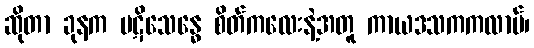
ဆိုတာ ခုနက ပဋိသေန္ဓေ စိတ်ကလေးနဲ့အတူ ကာယဒသကကလာပ်၊